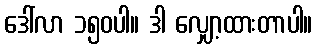
ဒေါ်လာ ၁၅၀ပါ။ ဒါ လျှော့ထားတာပါ။